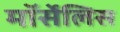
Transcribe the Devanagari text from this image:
मॉर्सेलिस